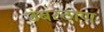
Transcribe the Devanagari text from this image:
उंबरठाण